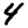
Digit: 4